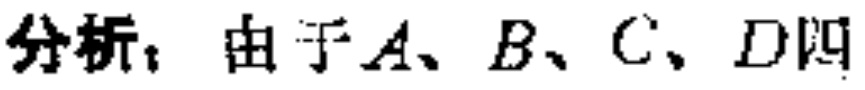
分析：由于\(A、B、C、D\)四